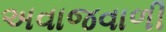
અવાજવાળી